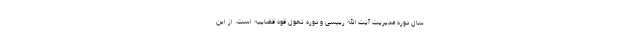
سال دوره مدیریت آیت الله رییسی و دوره تحول قوه قضاییه است. از این